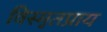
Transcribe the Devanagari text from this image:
विस्मृतप्राय